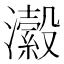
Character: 瀫